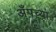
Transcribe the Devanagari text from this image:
अँपच्या